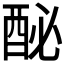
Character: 𨠔